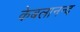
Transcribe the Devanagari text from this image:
केबलानन्द